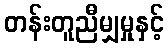
တန်းတူညီမျှမှုနှင့်